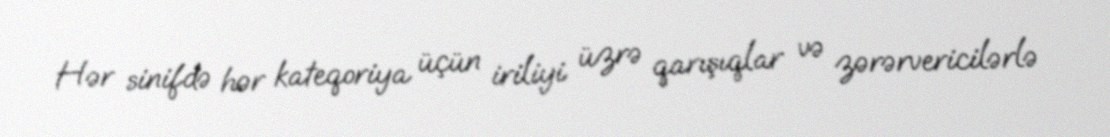
Hər sinifdə hər kateqoriya üçün iriliyi üzrə qarışıqlar və zərərvericilərlə